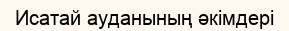
Исатай ауданының әкімдері